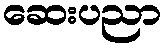
ဆေးပညာ